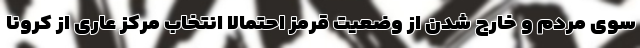
سوی مردم و خارج شدن از وضعیت قرمز احتمالا انتخاب مرکز عاری از کرونا